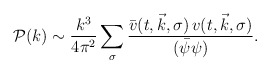
\begin{align*}\mathcal{P}(k)\sim \frac{k^3}{4 \pi^2}\sum_\sigma \frac{\bar{v}(t,\vec{k},\sigma)\,v(t,\vec{k},\sigma)} {(\bar{\psi}\psi)}.\end{align*}